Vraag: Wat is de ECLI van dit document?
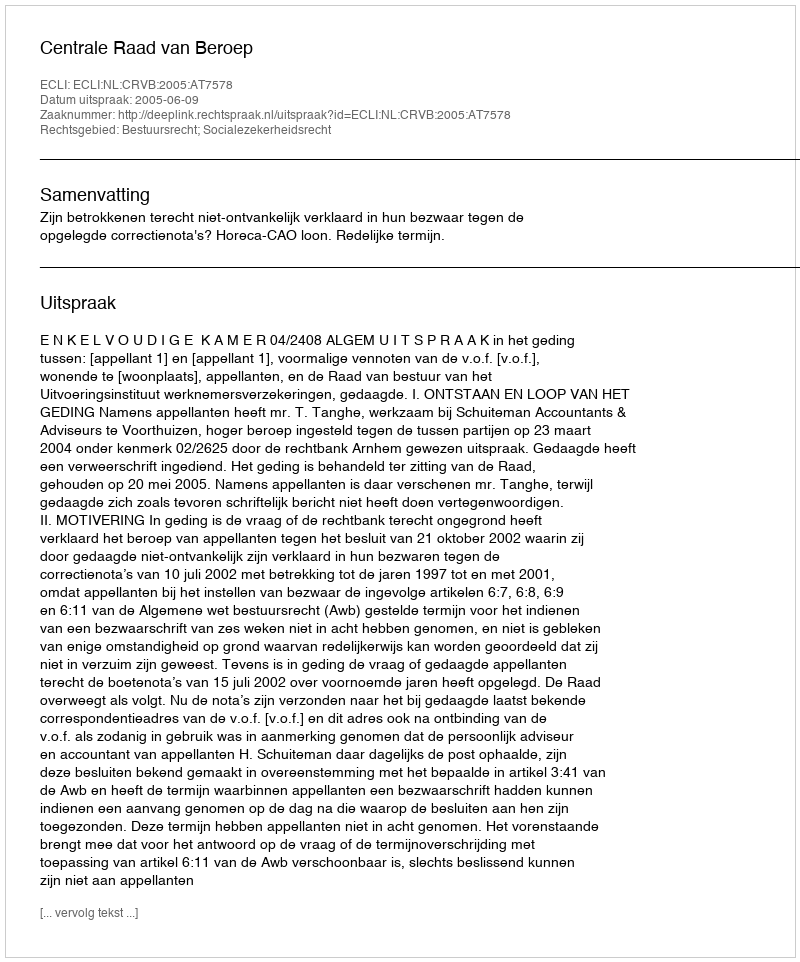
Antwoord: ECLI:NL:CRVB:2005:AT7578